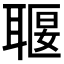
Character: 𦖧